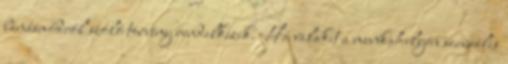
bánásmódról szóló törvény rendelkezik. Ha valakit a munkahelyén szexuális